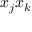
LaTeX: x _ { j } x _ { k }